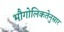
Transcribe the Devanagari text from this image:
भौगोलिकतेनुसार